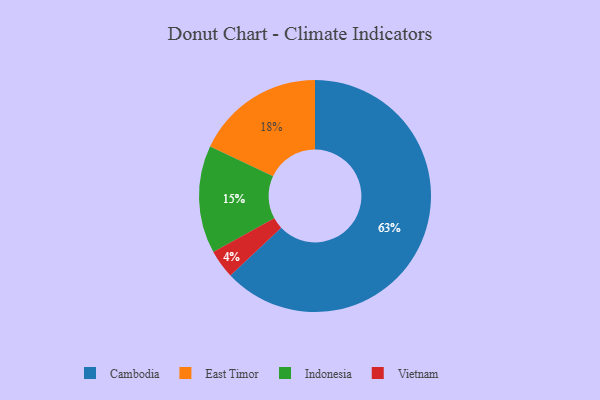
{"axis": {"x": "Category", "y": "Percentage"}, "legend": ["Cambodia", "East Timor", "Indonesia", "Vietnam"], "data": [{"x": "Indonesia", "y": 15, "type": "Indonesia"}, {"x": "Cambodia", "y": 63, "type": "Cambodia"}, {"x": "East Timor", "y": 18, "type": "East Timor"}, {"x": "Vietnam", "y": 4, "type": "Vietnam"}]}